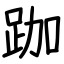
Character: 跏